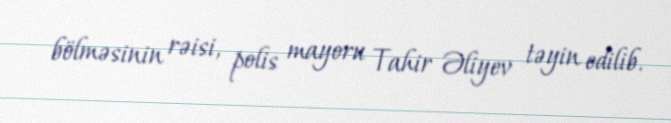
bölməsinin rəisi, polis mayoru Tahir Əliyev təyin edilib.